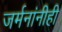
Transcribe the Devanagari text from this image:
जर्मनांनीही